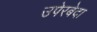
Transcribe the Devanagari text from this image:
उपेरबेदा